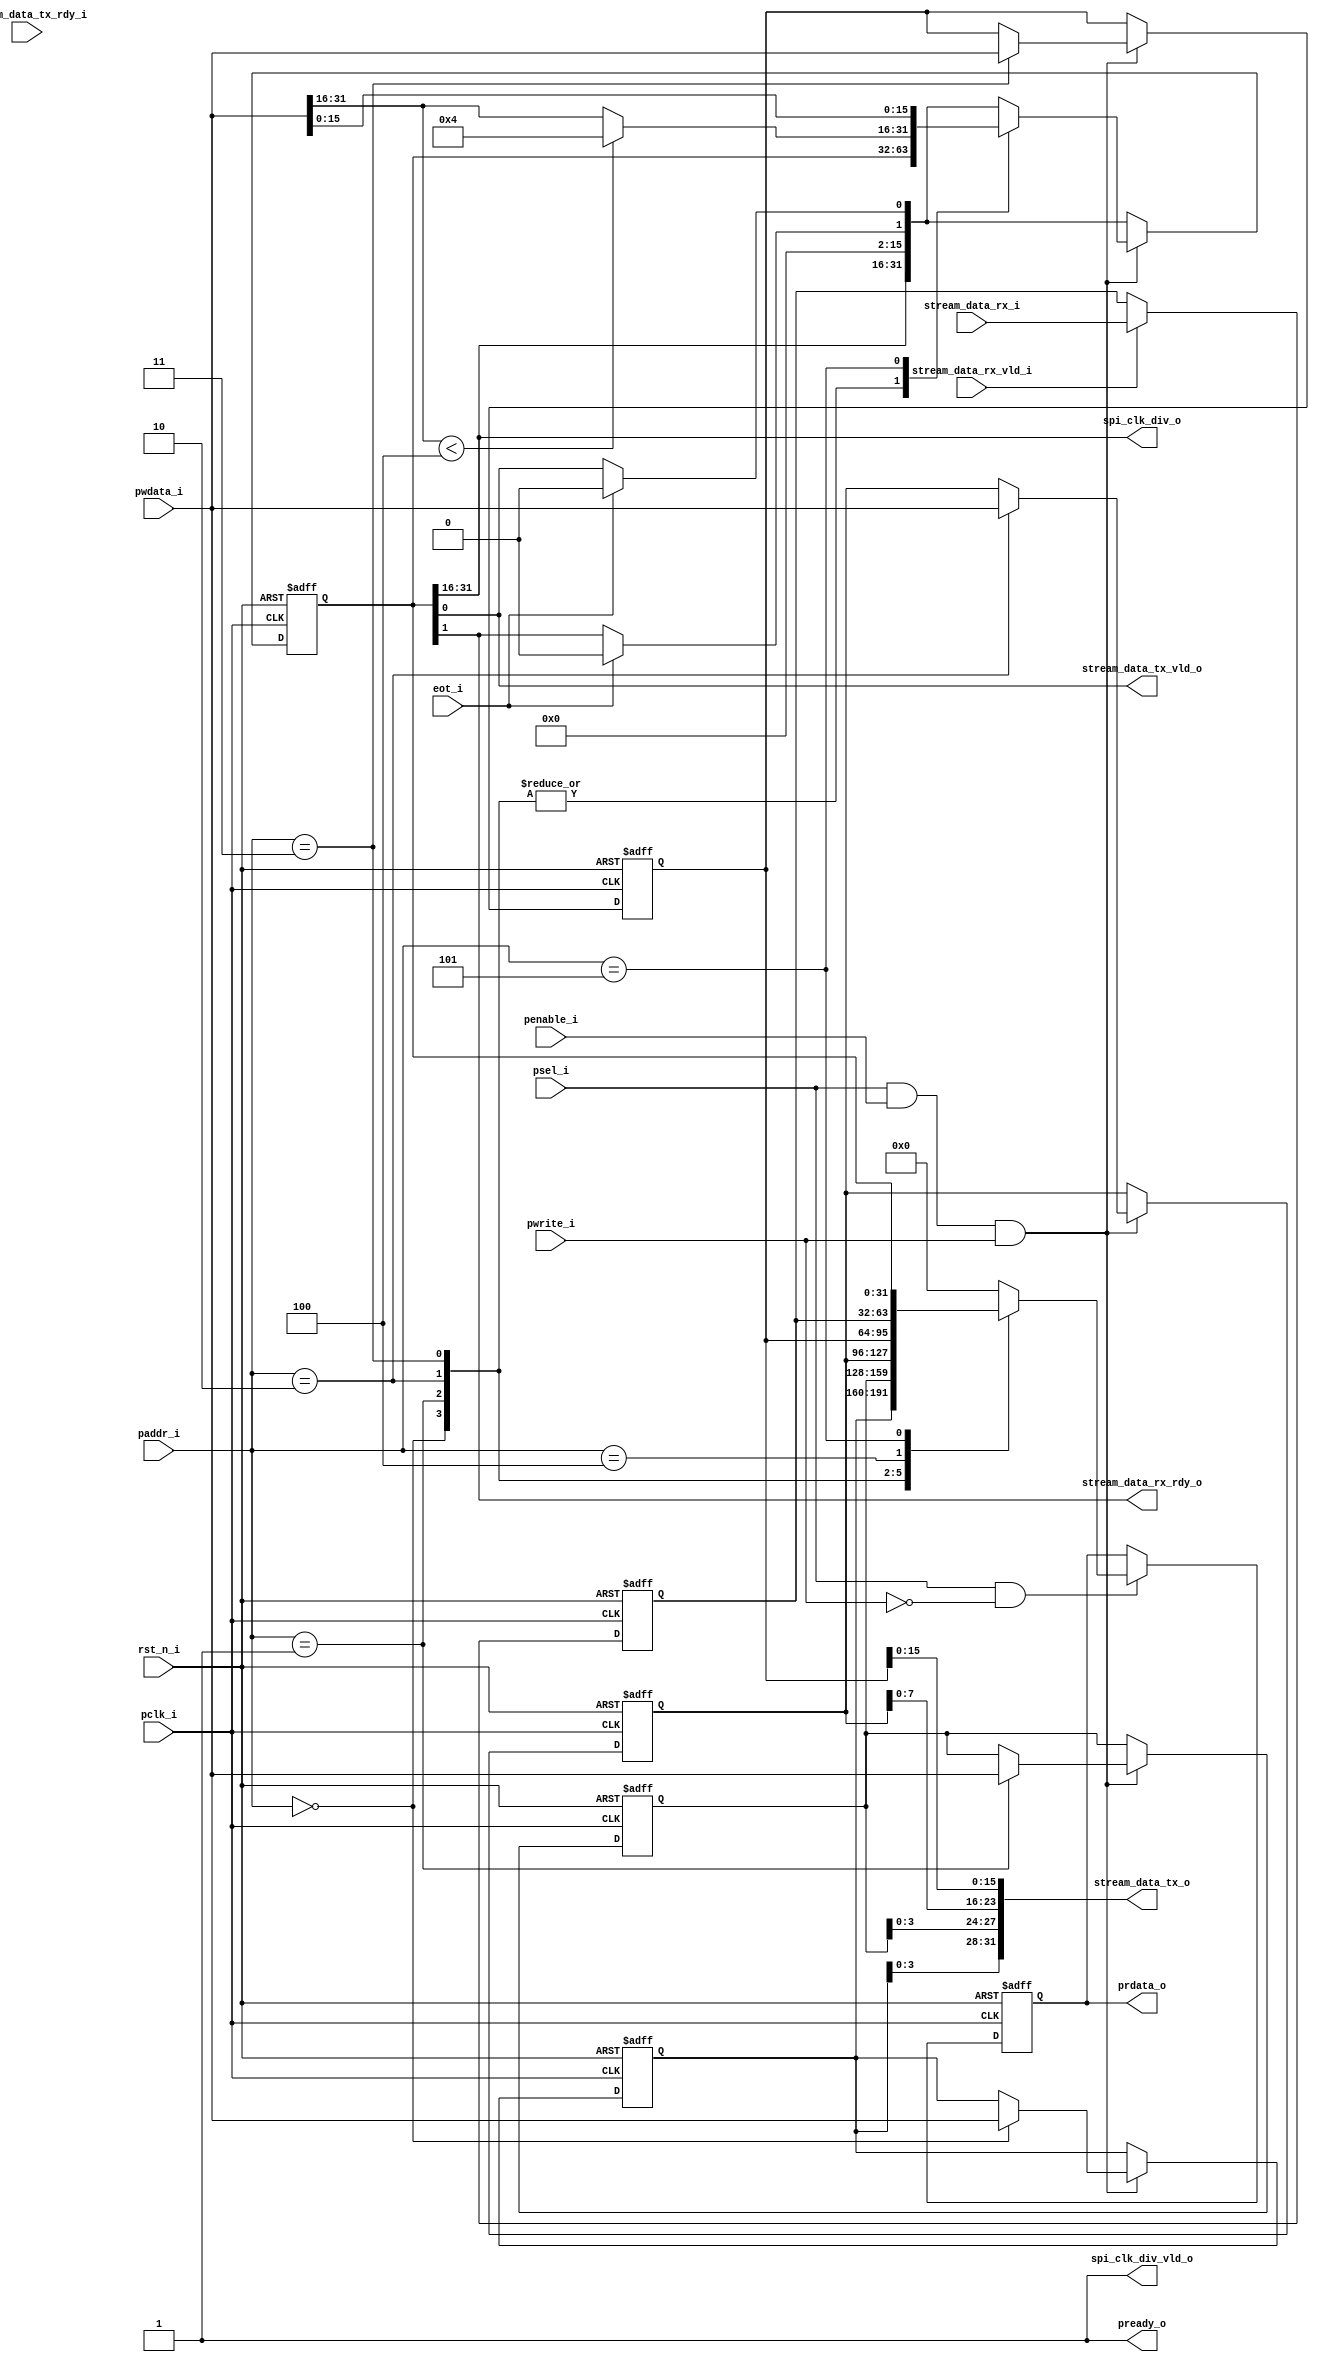
`define CMD 4'd0
`define ADDR 4'd1
`define LEN 4'd2
`define WDATA 4'd3
`define RDATA 4'd4
`define CTRL 4'd5

module apb_spi_rf (
    input  wire        pclk_i,
    input  wire        rst_n_i,
    input  wire        psel_i,
    input  wire        penable_i,
    input  wire [ 3:0] paddr_i,
    input  wire        pwrite_i,
    input  wire [31:0] pwdata_i,
    output wire [31:0] prdata_o,
    output wire        pready_o,
    output wire        spi_clk_div_vld_o,
    output wire [15:0] spi_clk_div_o,
    input  wire        eot_i,                 // end of transmit/receive
    output wire [31:0] stream_data_tx_o,      // tx data stream input
    output wire        stream_data_tx_vld_o,  // tx data stream valid
    input  wire        stream_data_tx_rdy_i,  // tx data stream teady
    input  wire [31:0] stream_data_rx_i,      // rx data stream output
    input  wire        stream_data_rx_vld_i,  // rx data stream valid
    output wire        stream_data_rx_rdy_o   // rx data stream ready
);

    reg  [31:0] regs             [0:5];
    reg  [31:0] reg_data_out;
    wire [31:0] reg_ctrl_next;
    wire [ 3:0] cmd;
    wire [ 3:0] addr;
    wire [ 7:0] len;
    wire [15:0] wdata;
    wire        rd_en;
    wire        wr_en;
    wire        reg_ctrl_tx_flag;
    wire        reg_ctrl_rx_flag;
    // pready is 1
    assign pready_o             = 1'b1;

    // write enable
    assign wr_en                = psel_i & penable_i & pwrite_i;
    // read enable
    assign rd_en                = psel_i & penable_i & (~pwrite_i);

    // stream tx and rx is controled by CTRL-reg
    assign stream_data_tx_vld_o = regs[`CTRL][0];
    assign stream_data_rx_rdy_o = regs[`CTRL][1];

    // CTRL-reg next
    assign spi_clk_div_vld_o    = 1'b1;
    assign spi_clk_div_o        = regs[`CTRL][31:16];
    assign reg_ctrl_tx_flag     = eot_i ? 1'b0 : regs[`CTRL][0];  // Tx flag of CTRL-reg
    assign reg_ctrl_rx_flag     = eot_i ? 1'b0 : regs[`CTRL][1];  // Rx flag of CTRL-reg
    assign reg_ctrl_next        = {spi_clk_div_o, 14'd0, reg_ctrl_rx_flag, reg_ctrl_tx_flag};

    // output of stream data tx
    assign cmd                  = regs[`CMD][3:0];
    assign addr                 = regs[`ADDR][3:0];
    assign len                  = regs[`LEN][7:0];
    assign wdata                = regs[`WDATA][15:0];
    assign stream_data_tx_o     = {cmd, addr, len, wdata};

    // Read data from APB-registers
    assign prdata_o             = reg_data_out;

    // update APB-registers
    always @(posedge pclk_i or negedge rst_n_i) begin
        if (!rst_n_i) begin
            regs[`CMD]   <= 32'h0;
            regs[`ADDR]  <= 32'h0;
            regs[`LEN]   <= 32'h0;
            regs[`WDATA] <= 32'h0;
            regs[`CTRL]  <= 32'h0;
        end else begin
            if (wr_en) begin
                case (paddr_i)
                    `CMD: begin
                        regs[`CMD] <= pwdata_i;
                    end
                    `ADDR: begin
                        regs[`ADDR] <= pwdata_i;
                    end
                    `LEN: begin
                        regs[`LEN] <= pwdata_i;
                    end
                    `WDATA: begin
                        regs[`WDATA] <= pwdata_i;
                    end
                    `CTRL: begin
                        regs[`CTRL] <= {
                            pwdata_i[31:16] < 4 ? 16'd4 : pwdata_i[31:16], pwdata_i[15:0]
                        };
                    end
                    default: begin
                        regs[`CMD]   <= regs[`CMD];
                        regs[`ADDR]  <= regs[`ADDR];
                        regs[`LEN]   <= regs[`LEN];
                        regs[`WDATA] <= regs[`WDATA];
                        regs[`CTRL]  <= reg_ctrl_next;
                    end
                endcase
            end else begin
                regs[`CMD]   <= regs[`CMD];
                regs[`ADDR]  <= regs[`ADDR];
                regs[`LEN]   <= regs[`LEN];
                regs[`WDATA] <= regs[`WDATA];
                regs[`CTRL]  <= reg_ctrl_next;
            end
        end
    end

    // update RDATA-reg of APB registers from SPI
    always @(posedge pclk_i or negedge rst_n_i) begin
        if (!rst_n_i) begin
            regs[`RDATA] <= 32'h0;
        end else begin
            if (stream_data_rx_vld_i) begin
                regs[`RDATA] <= stream_data_rx_i;
            end
        end
    end

    always @(posedge pclk_i or negedge rst_n_i) begin
        if (!rst_n_i) begin
            reg_data_out <= 32'h0;
        end else begin
            if (psel_i & (~pwrite_i)) begin
                case (paddr_i)
                    `CMD: begin
                        reg_data_out <= regs[`CMD];
                    end
                    `ADDR: begin
                        reg_data_out <= regs[`ADDR];
                    end
                    `LEN: begin
                        reg_data_out <= regs[`LEN];
                    end
                    `WDATA: begin
                        reg_data_out <= regs[`WDATA];
                    end
                    `RDATA: begin
                        reg_data_out <= regs[`RDATA];
                    end
                    `CTRL: begin
                        reg_data_out <= regs[`CTRL];
                    end
                    default: begin
                        reg_data_out <= 32'h0;
                    end
                endcase
            end
        end
    end


endmodule